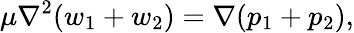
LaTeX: \mu\nabla^{2}(w_{1}+w_{2})=\nabla(p_{1}+p_{2}),